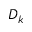
D _ { k }